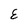
Character: E